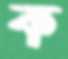
ক